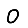
Digit: 0